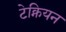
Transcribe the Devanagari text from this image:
टेक्नियन